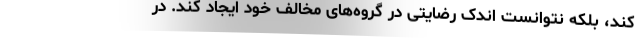
کند، بلکه نتوانست اندک رضایتی در گروه‌های مخالف خود ایجاد کند. در